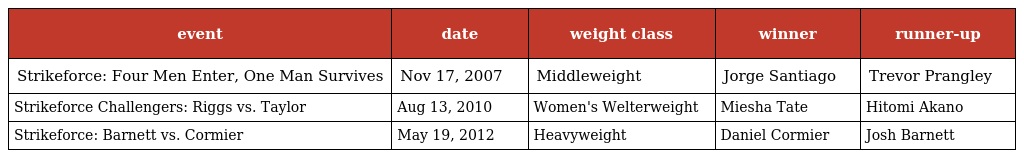
| event | date | weight class | winner | runner-up |
 | --- | --- | --- | --- | --- |
 | Strikeforce: Four Men Enter, One Man Survives | Nov 17, 2007 | Middleweight | Jorge Santiago | Trevor Prangley |
 | Strikeforce Challengers: Riggs vs. Taylor | Aug 13, 2010 | Women's Welterweight | Miesha Tate | Hitomi Akano |
 | Strikeforce: Barnett vs. Cormier | May 19, 2012 | Heavyweight | Daniel Cormier | Josh Barnett |